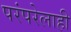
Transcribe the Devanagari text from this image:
परंपरेलाही